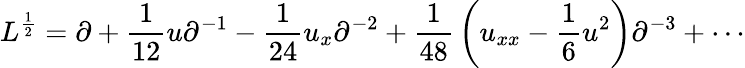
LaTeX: L^{\frac{1}{2}}=\partial+{\frac{1}{12}}u\partial^{-1}-{\frac{1}{24}}u_{x}\partial^{-2}+{\frac{1}{48}}\left(u_{xx}-{\frac{1}{6}}u^{2}\right)\partial^{-3}+\cdots